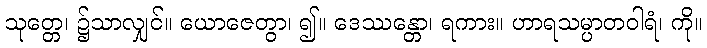
သုတ္တေ၊ ၌သာလျှင်။ ယောဇေတွာ၊ ၍။ ဒေဿန္တော၊ ရကား။ ဟာရသမ္ပာတဝါရံ၊ ကို။